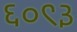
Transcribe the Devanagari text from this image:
६०९३